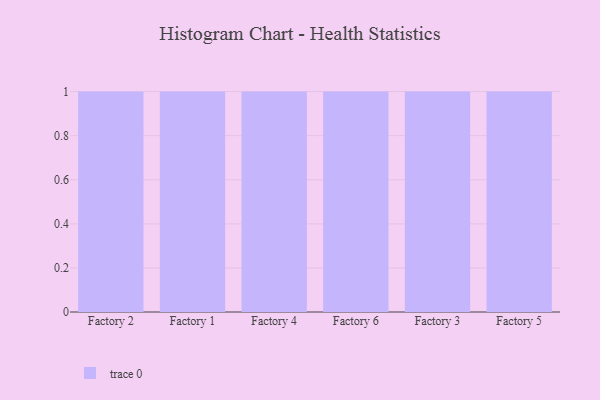
{"axis": {"x": "Factory", "y": "Tickets Resolved"}, "legend": [""], "data": [{"x": "Factory 2", "y": 21, "type": ""}, {"x": "Factory 1", "y": 46, "type": ""}, {"x": "Factory 4", "y": 96, "type": ""}, {"x": "Factory 6", "y": 17, "type": ""}, {"x": "Factory 3", "y": 79, "type": ""}, {"x": "Factory 5", "y": 28, "type": ""}]}